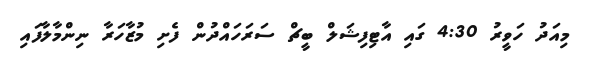
މިއަދު ހަވީރު 4:30 ގައި އާޓިފިޝަލް ބީޗް ސަރަހައްދުން ފެށި މުޒާހަރާ ނިންމާލާފައި